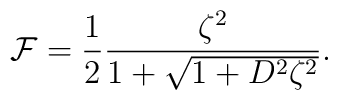
{\cal F}={1\over 2} {\zeta^2\over{1+\sqrt{1+D^2\zeta^2}}}.